Vaccination United Provinces of Agra and Oudh 1902-1913 - 1902-1913
Year: 1902
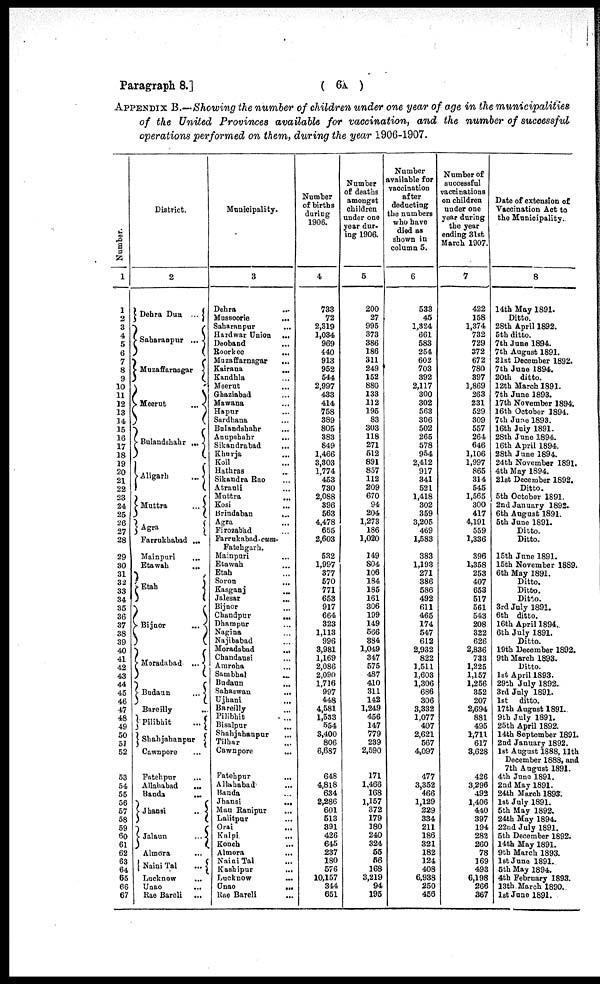
Paragraph 8.]
( 6A )
APPENDIX B.—Showing the number of children under one year of age in the municipalities
of the United Provinces available for vaccination, and the number of successful
operations performed on them, during the year 1906-1907.
Number.
1
1
2
3
4
5
6
7
8
9
10
11
12
13
14
15
16
17
18
19
20
21
22
23
24
25
26
27
28
29
30
31
32
33
34
35
36
37
38
39
40
41
42
43
44
45
46
47
48
49
50
51
52
53
54
55
56
57
58
59
60
61
62
63
64
65
66
67
District.
2
Dehra Dun
...
Saharanpur
...
Muzaffarnagar
Meerut
...
Bulandshahr
...
Aligarh
...
Muttra
...
Agra
Farrukhabad ...
Mainpuri ...
Etawah ...
Etah
Bijnor
...
Moradabad
...
Budaun
...
Bareilly ...
Pilibhit
...
Shahjahanpur
Cawnpore ...
Fatehpur ...
Allahabad
...
Banda
...
Jhansi
...
Jalaun
...
Almora ...
Naini Tal
...
Lucknow ...
Unao ...
Rae Bareli
...
Municipality.
3
Dehra ...
Mussoorie
...
Saharanpur
...
Hardwar Union
...
Deoband
...
Roorkee ...
Muzaffarnagar ...
Kairana ...
Kandhla ...
Meerut ...
Ghaziabad ...
Mawana ...
Hapur ...
Sardhana ...
Bulandshahr ...
Anupshahr ...
Sikandrabad ...
Khurja ...
Koil ...
Hathras ...
Sikandra Rao ...
Atrauli ...
Muttra
...
Kosi ...
Brindaban
...
Agra ...
Firozabad ...
Farrukabad - cum-
Fatehgarh.
Mainpuri ...
Etawah ...
Etah ...
Soron ...
Kasganj ...
Jalesar
...
Bijnor ...
Chandpur
...
Dhampur ...
Nagina ...
Najibabad ...
Moradabad
...
Chandausi ...
Amroha ...
Sambhal ...
Budaun
...
Sahaswan
...
Ujhani ...
Bareilly ...
Pilibhit ...
Bisalpur
...
Shahjahanpur ...
Tilhar ...
Cawnpore
...
Fatehpur
...
Allahabad ...
Banda ...
Jhansi
...
Mau Ranipur ...
Lalitpur ...
Orai ...
Kalpi
...
Konch ...
Almora
...
Naini Tal ...
Kashipur ...
Lucknow ...
Unao
...
Rae Bareli ...
Number
of births
during
1906.
4
733
72
2,319
1,034
969
440
913
952
544
2,997
433
414
758
389
805
383
849
1,466
3,303
1,774
453
730
2,088
396
563
4,478
655
2,603
532
1,997
377
570
771
653
917
664
323
1,113
996
3,981
1,169
2,086
2,090
1,716
997
448
4,581
1,533
554
3,400
806
6,687
648
4,818
634
2,286
601
513
391
426
645
237
180
576
10,157
344
651
Number
of deaths
amongst
children
under one
year dur-
ing 1906.
5
200
27
995
373
386
186
311
249
152
880
133
112
195
83
303
118
271
512
891
857
112
209
670
94
204
1,273
186
1,020
149
804
106
184
185
161
306
199
149
566
384
1,049
347
575
487
410
311
142
1,249
456
147
779
239
2,590
171
1,466
168
1,157
372
179
180
240
324
55
56
168
3,219
94
195
Number
available for
vaccination
after
deducting
the numbers
who have
died as
shown in
column 5.
6
533
45
1,324
661
583
254
602
703
392
2,117
300
302
563
306
502
265
578
954
2,412
917
341
521
1,418
302
359
3,205
469
1,583
383
1,193
271
386
586
492
611
465
174
547
612
2,932
822
1,511
1,603
1,306
686
306
3,332
1,077
407
2,621
567
4,097
477
3,352
466
1,129
229
334
211
186
321
182
124
408
6,938
250
456
Number of
successful
vaccinations
on children
under one
year during
the year
ending 31st
March 1907.
7
422
158
1,374
732
729
372
672
780
397
1,869
263
231
529
309
557
264
646
1,106
1,997
865
314
545
1,565
300
417
4,191
559
1,336
396
1,358
253
407
653
517
561
543
208
322
626
2,836
733
1,225
1,157
1,256
352
207
2,694
881
495
1,711
617
3,628
426
3,296
492
1,406
440
397
194
282
260
78
169
493
6,198
266
367
Date of extension of
Vaccination Act to
the Municipality.
8
14th May 1891.
Ditto.
28th April 1892.
5th ditto.
7th June 1894.
7th August 1891.
21st December 1892.
7th June 1894.
20th ditto.
12th March 1891.
7th June 1893.
17th November 1894.
16th October 1894.
7th June 1893.
16th July 1891.
28th June 1894.
16th April 1894.
28th June 1894.
24th November 1891.
4th May 1894.
21st December 1892.
Ditto.
5th October 1891.
2nd January 1892.
6th August 1891.
5th June 1891.
Ditto.
Ditto.
15th June 1891.
15th November 1889.
6th May 1891.
Ditto.
Ditto.
Ditto.
3rd July 1891.
6th ditto.
16th April 1894.
6th July 1891.
Ditto.
19th December 1892.
9th March 1893.
Ditto.
1st April 1893.
29th July 1892.
3rd July 1891.
1st ditto.
17th August 1891.
9th July 1891.
25th April 1892.
14th September 1891.
2nd January 1892.
1st August 1888, 11th
December 1888, and
7th August 1891.
4th June 1891.
2nd May 1891.
24th March 1893.
1st July 1891.
5th May 1892.
24th May 1894.
22nd July 1891.
5th December 1892.
14th May 1891.
9th March 1893.
1st June 1891.
5th May 1894.
4th February 1893.
13th March 1890.
1st June 1891.